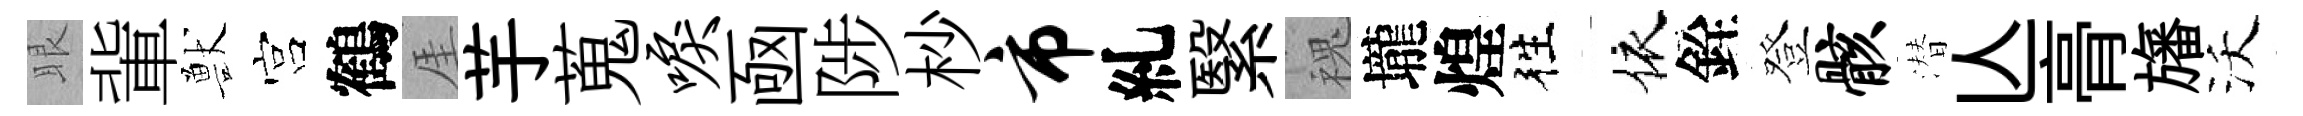
眼軰獸宫鶴厓芋蒐唳凾陟杪市糺繄槐壠煌徃依銓登骸潜亾𮌔旛沃